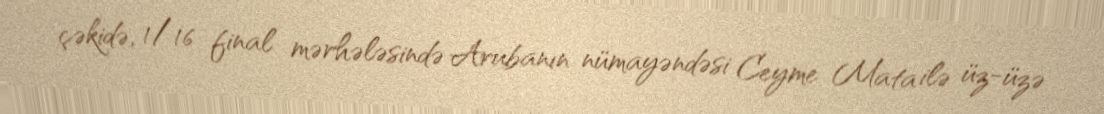
çəkidə, 1/16 final mərhələsində Arubanın nümayəndəsi Ceyme Mata ilə üz-üzə